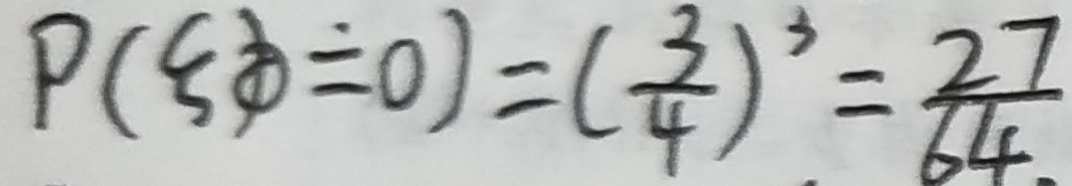
P ( \varepsilon \phi = 0 ) = ( \frac { 3 } { 4 } ) ^ { 3 } = \frac { 2 7 } { 6 4 } .